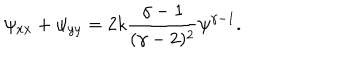
\psi _ { x x } + \psi _ { y y } = 2 k { \frac { \gamma - 1 } { ( \gamma - 2 ) ^ { 2 } } } \psi ^ { \gamma - 1 } .